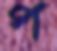
প